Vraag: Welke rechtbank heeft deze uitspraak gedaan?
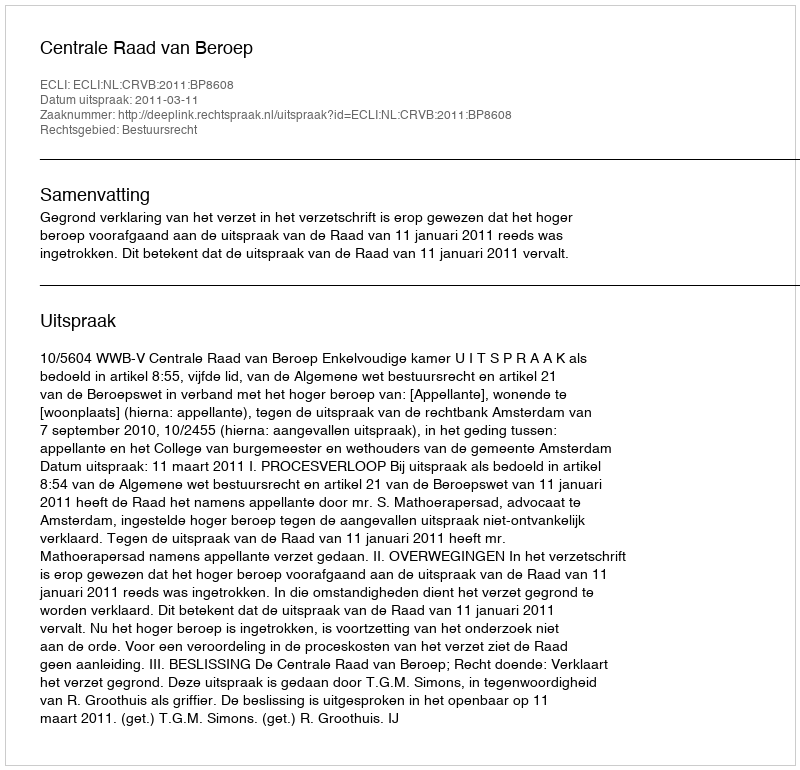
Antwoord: Centrale Raad van Beroep